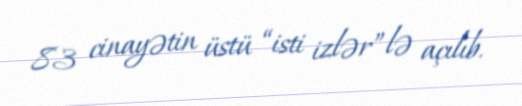
83 cinayətin üstü “isti izlər”lə açılıb.